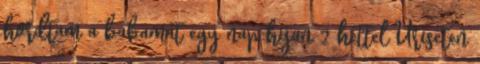
hordtam a babamat egy nap hijan 2 hettel Uriseten